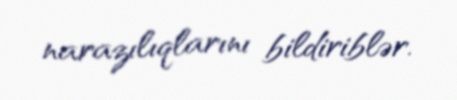
narazılıqlarını bildiriblər.